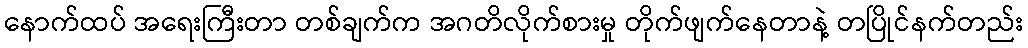
နောက်ထပ် အရေးကြီးတာ တစ်ချက်က အဂတိလိုက်စားမှု တိုက်ဖျက်နေတာနဲ့ တပြိုင်နက်တည်း